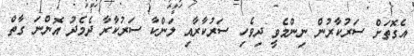
އެގޮތަށް ސަރުކާރުން ނިންމެވީ ދިވެހި ސަރުކާރާއި ލަންކާ ސަރުކާރާ ދެމެދު އޮންނަ ގާތް